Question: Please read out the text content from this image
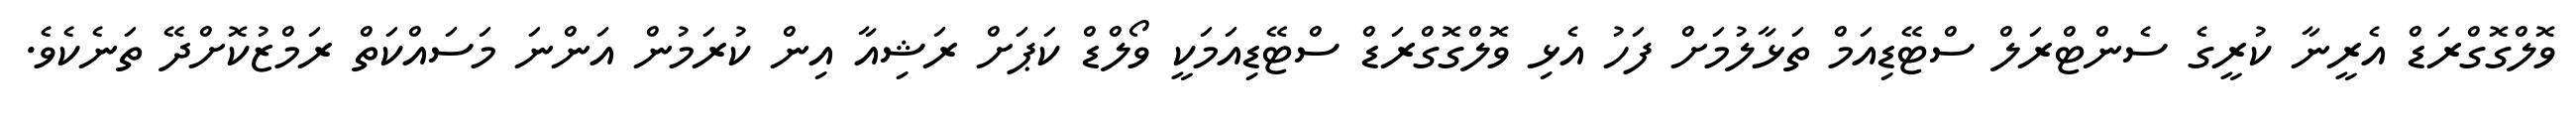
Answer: ވޮލްގޮގްރަޑް އެރީނާ ކުރީގެ ސެންޓްރަލް ސްޓޭޑިއަމް ތަޅާލުމަށް ފަހު އެޅި ވޮލްގޮގްރަޑް ސްޓޭޑިއަމަކީ ވޯލްޑް ކަޕަށް ރަޝިއާ އިން ކުރަމުން އަންނަ މަސައްކަތް ރަމްޒުކޮށްދޭ ތަނެކެވެ.